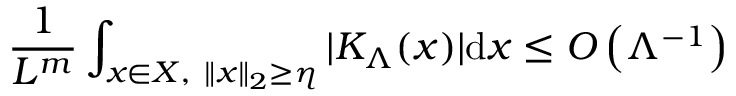
\frac { 1 } { L ^ { m } } \int _ { x \in { \cal { X } } , \ \| x \| _ { 2 } \ge \eta } | K _ { \Lambda } ( x ) | \mathrm { d } x \le { \cal { O } } \left( \Lambda ^ { - 1 } \right)